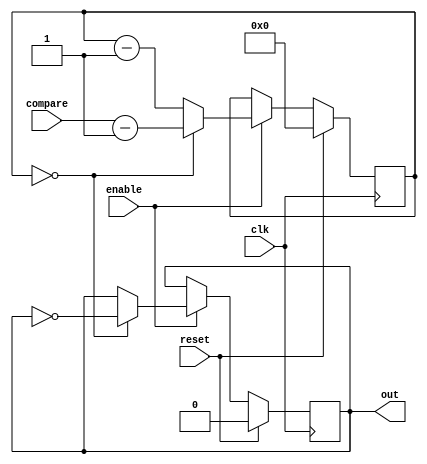

// https://www.smspower.org/forums/17191-SG1000HardwareQuestions#103500
// Posted: Sun Sep 16, 2018 5:03 pm
//
// Frequency value of $000 produces (MCLK / 32) / $400 output frequency on TI 
// PSG while on VDP it produces (MCLK / 32) / $001. Volume and frequency writes 
// do not reset the phase of tone channels but frequency writes will reset phase 
// of noise channel. It is possible to keep noise channel output permanently low 
// by writing into frequency register. All writes take effect immediately.

// https://github.com/dnotq/sn76489_audio/blob/master/rtl/sn76489_audio.vhd
// This also demonstrates why changing the tone period will not take effect
// until the next cycle of the counter.  Interestingly, the same counter is
// used in the AY-3-8910 and YM-2149, only slightly modified to count up
// (actually, in silicon both up and down counters are present
// simultaneously) and reset on a >= period condition.

module tone #( parameter COUNTER_BITS = 10 ) (
    input  wire clk,
    input  wire enable,
    input  wire reset,

    input  wire [COUNTER_BITS-1:0]  compare,

    output wire out
);
    reg [COUNTER_BITS-1:0] counter;
    reg state;

    // always @(posedge clk) begin
    //     if (reset) begin
    //         counter <= 0;
    //         state <= 0;
    //     end else begin
    //         if (enable)
    //             counter <= counter - 1'b1;
    //     end
    // end

    // always @(negedge clk) begin
    //     if (!reset)
    //         if (enable && counter == 0) begin
    //             counter <= compare;         // reset counter
    //             state <= ~state;            // flip output state
    //         end
    // end


    always @(posedge clk) begin
        if (reset) begin
            counter <= 0;
            state <= 0;
        end else begin
            if (enable) begin
                if (counter == 0) begin
                    counter <= compare - 1'b1;  // reset counter
                    state <= ~state;            // flip output state
                end else begin
                    counter <= counter - 1'b1;
                end
             end
        end
    end

    assign out = state;
endmodule